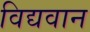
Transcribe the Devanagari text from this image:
विद्यवान